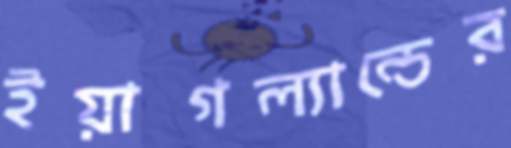
ইয়াগল্যান্ডের